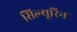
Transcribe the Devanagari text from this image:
सिल्यूरिन